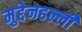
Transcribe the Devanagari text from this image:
मुद्देनहल्ली